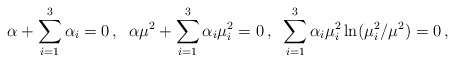
\begin{align*}\alpha+\sum_{i=1}^3 \alpha_i=0\,, \;\;\alpha\mu^2+\sum_{i=1}^3 \alpha_i\mu_i^2=0\,, \;\;\sum_{i=1}^3 \alpha_i\mu_i^2\ln(\mu_i^2/\mu^2)=0\,,\end{align*}